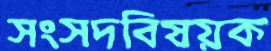
সংসদবিষয়ক